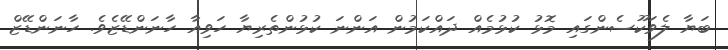
ބަޔާ ލެވަކޫސެންގައި މޮޅު ކުޅުމެއް ދައްކަމުން އަންނަ ކުޅުންތެރިޔާ ހަވިއާ ހާނަންޑޭޒެވެ. ހާނަންޑޭޒް